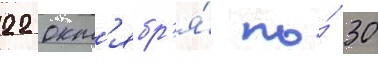
22 окт'ябр'я́ по́ 30